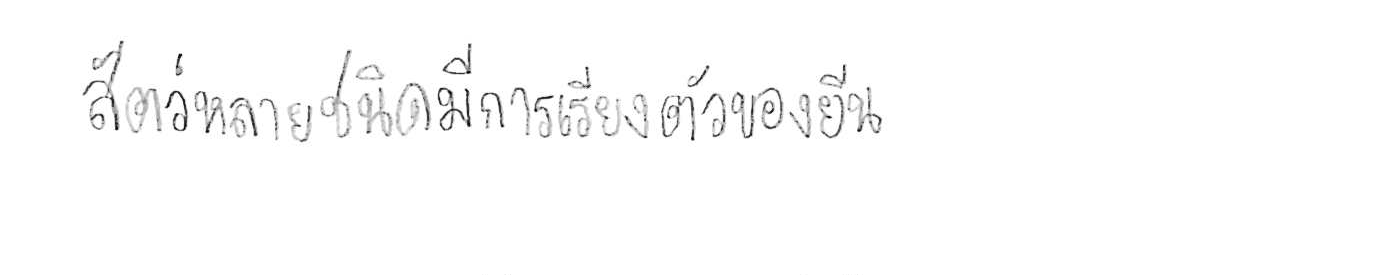
สัตว์หลายชนิดมีการเรียงตัวของยีน